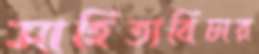
সাহিত্যবিচার